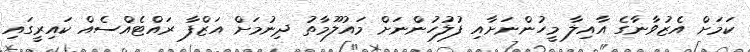
ކަމަށް އެޒުވާނާގެ އާއިލާ މީހުންނަށާއި ފުލުހުންނަށް މައުލޫމާތު ދިނުމަށް އަޒްފާ ރައްޓެއްސެއް ކައިރީގައި